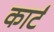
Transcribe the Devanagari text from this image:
कार्टं